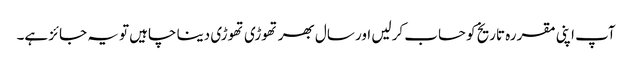
آپ اپنی مقررہ تاریخ کو حساب کرلیں اور سال بھر تھوڑی تھوڑی دینا چاہیں تو یہ جائز ہے۔